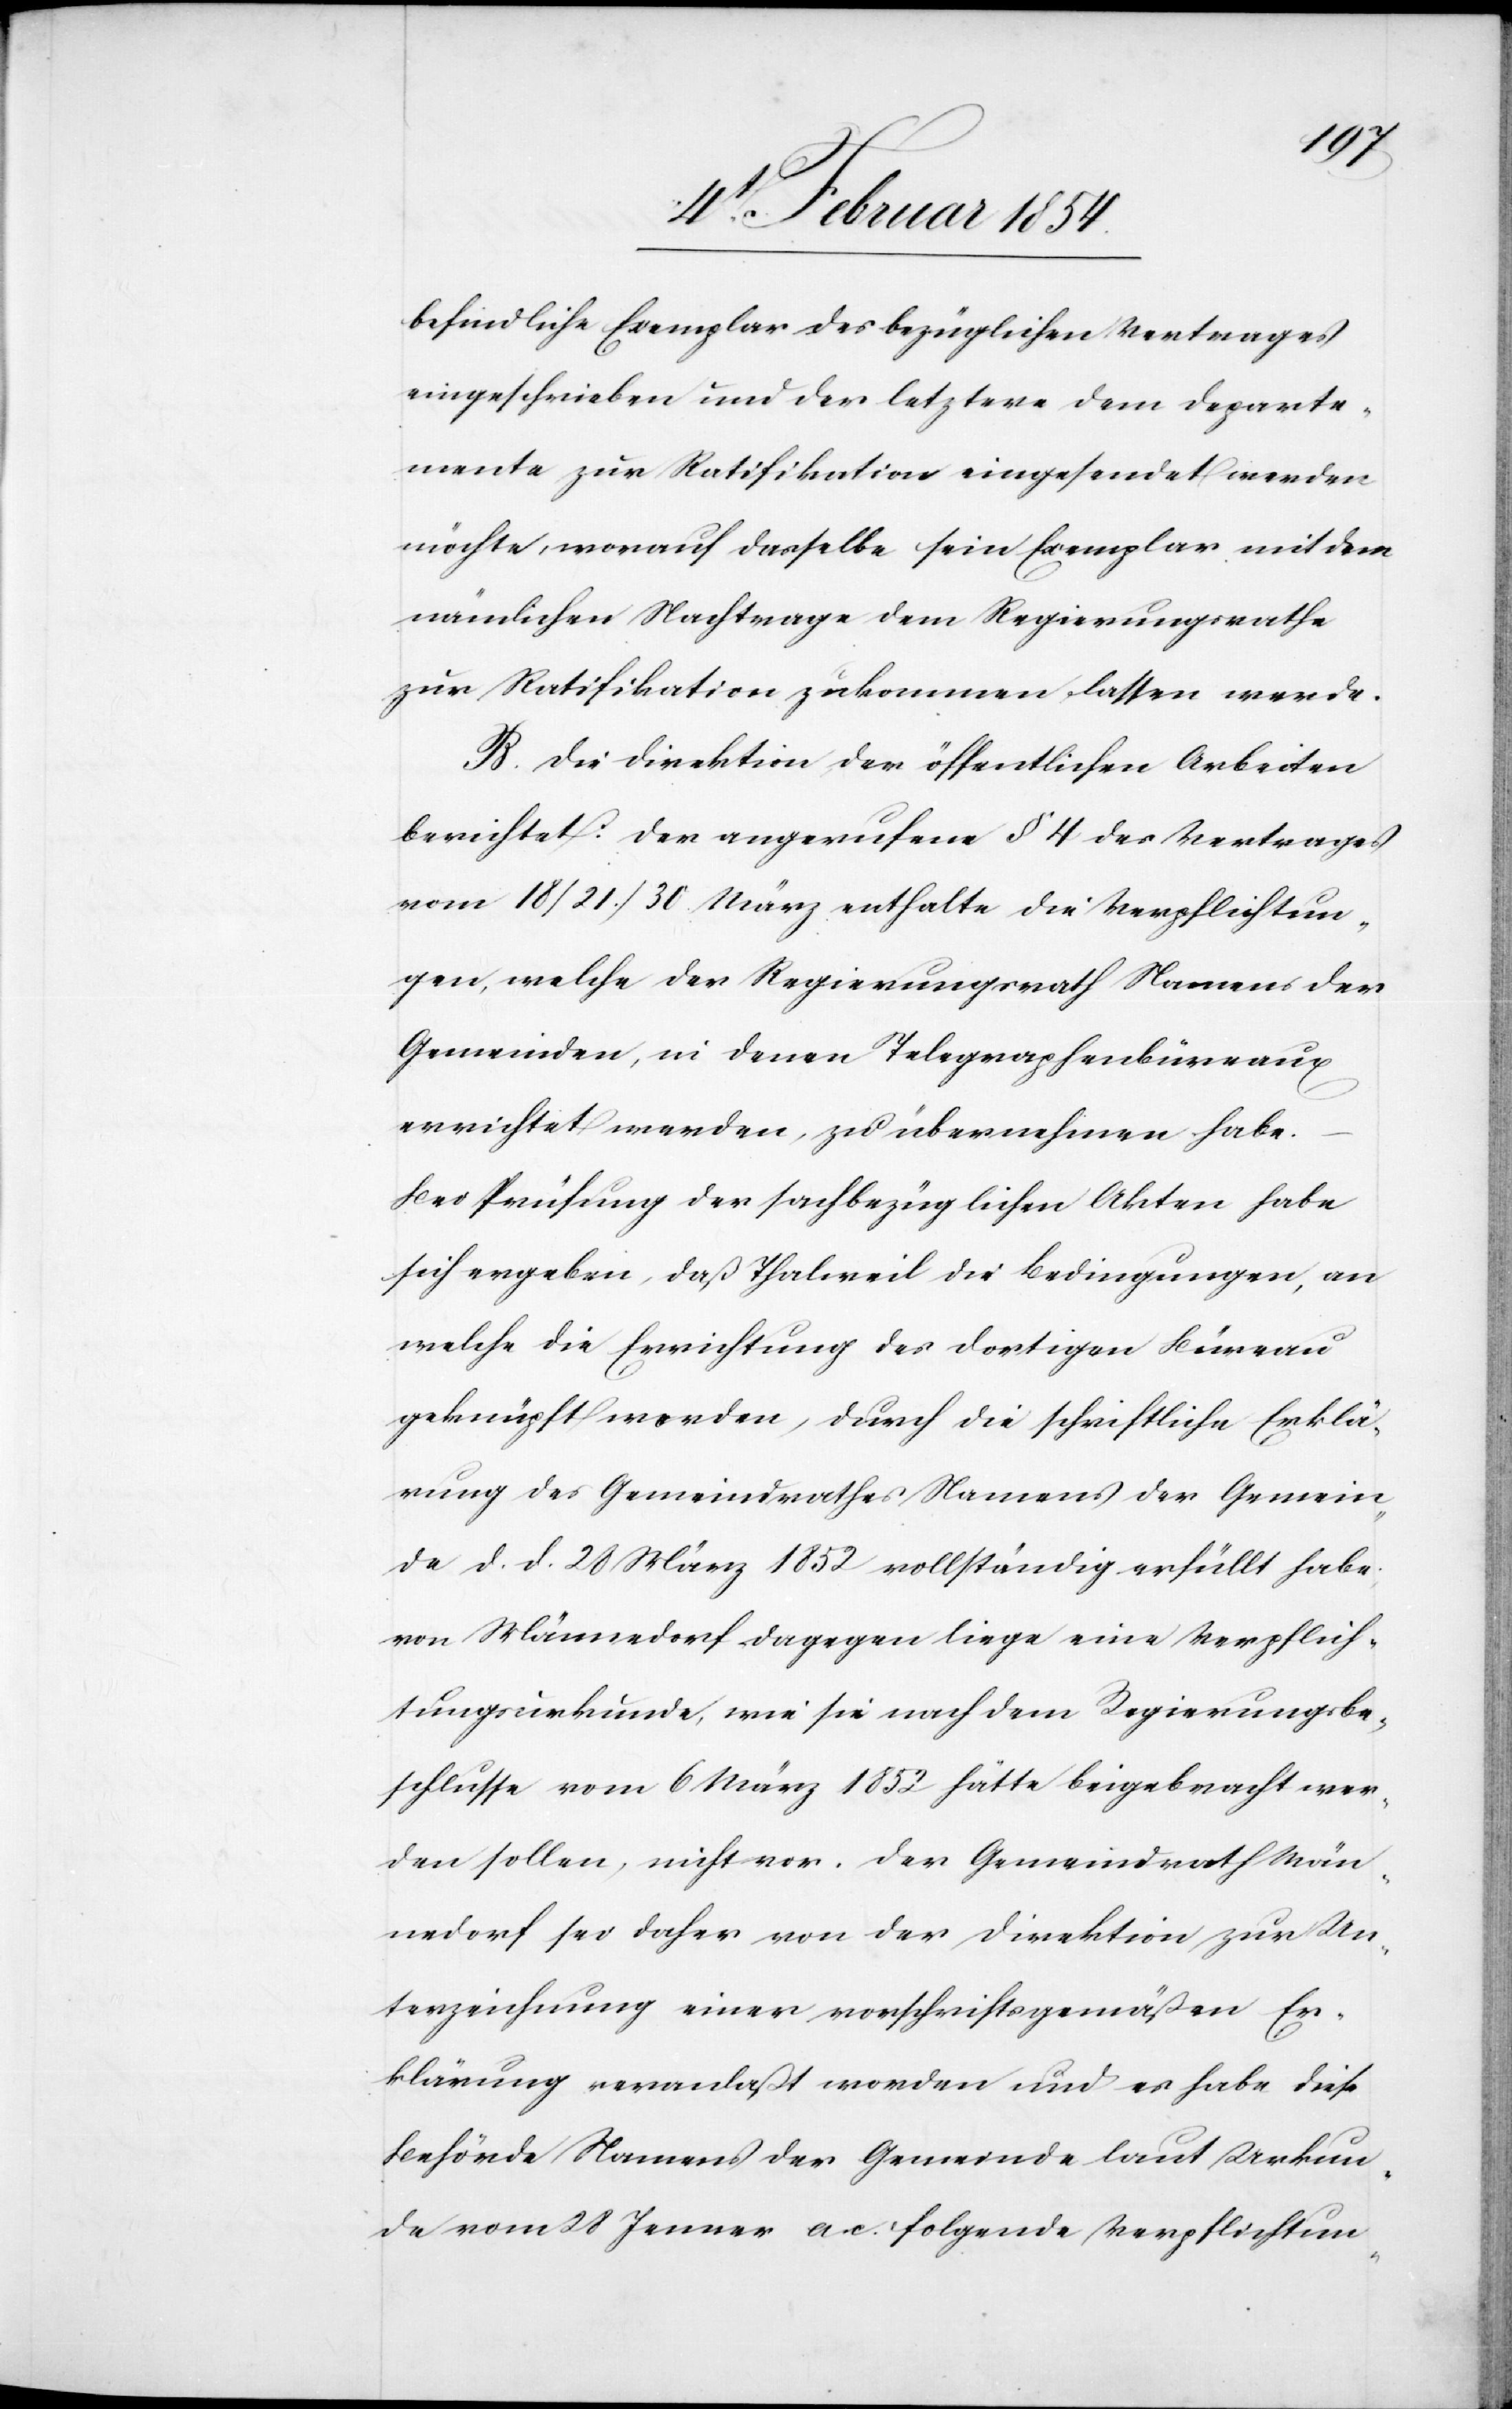
befindliche Exemplar des bezüglichen Vertrages
eingeschrieben und der letztere dem Departe¬
mente zur Ratifikation eingesendet werden
möchte, worauf dasselbe sein Exemplar mit dem
nämlichen Vertrage dem Regierungsrathe
zur Ratifikation zukommen lassen werde.
B. Die Direktion der öffentlichen Arbeiten
berichtet: Der angerufene § 4 des Vertrages
vom 18/21./30. März enthalte die Verpflichtun¬
gen, welche der Regierungsrath Namens der
Gemeinden, in denen Telegraphenbüreaus
errichtet werden, zu übernehmen habe.
Bei Prüfung der fachbezüglichen Akten habe
sich ergeben, daß Thalweil die Bedingungen, an
welche die Errichtung des dortigen Büreau
geknüpft worden, durch die schriftliche Erklä¬
rung des Gemeindrathes Namens der Gemein¬
de d. d. 20 März 1852 vollständig erfüllt habe.
Von Männedorf dagegen liege eine Verpflich¬
tungsurkunde, wie sie nach dem Regierungsbe¬
schlusse vom 6 März 1852 hätte beigebracht wer¬
den sollen, nicht vor. Der Gemeindrath Män¬
nedorf sei daher von der Direktion zur Un¬
terzeichnung einer vorschriftsgemäßen Er¬
klärung veranlaßt worden und es habe diese
Behörde Namens der Gemeinde laut Urkun¬
de vom 28 Januar a. c. folgende Verpflichtun-